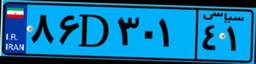
۴۵D۹۳۶۴۹